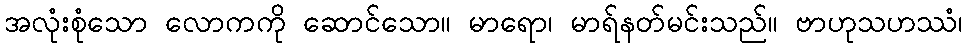
အလုံးစုံသော လောကကို ဆောင်သော။ မာရော၊ မာရ်နတ်မင်းသည်။ ဗာဟုသဟဿံ၊